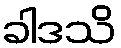
ခါဒသိ